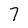
Character: 7